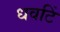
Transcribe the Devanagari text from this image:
धवटिं